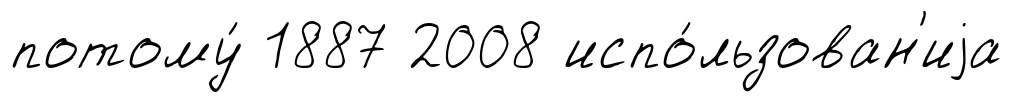
потому́ 1887 2008 испо́льзован'иjа